Civil Veterinary Department. Madras. Admin. report 1910-25 - 1910-1925
Year: 1910
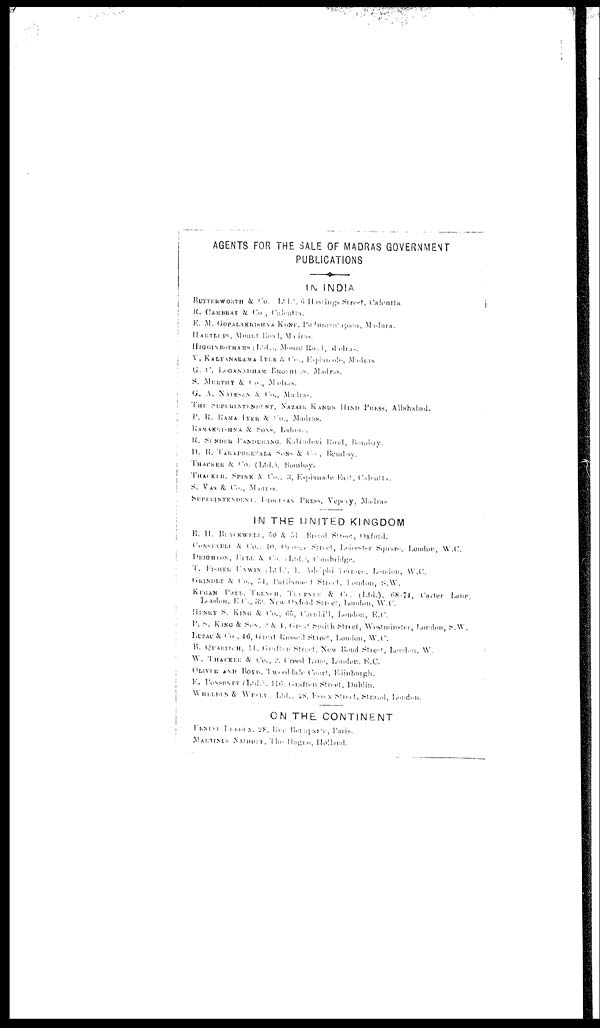
AGENTS FOR THE SALE OF MADRAS GOVERNMENT
PUBLICATIONS
IN INDIA
Butterworth & Co. 1912, 6 Hastings Street, Calcutta.
R. Cambray & Co., Calcutta.
E. M.
GOPALAKRISHNA
Kone,
Madras.
Hartleys,
Mount Road, Madras.
Higginbothams (Ltd.), Mount Road, Madras.
V. KALYANARAMA IYER & CO., Esplanade,
Madras.
G. C.
Loganadham
Brothers,
Madras.
S.
Murthy
&
Co.,
Madras.
G. A. NATESAN & CO., Madras.
THE SUPERINTENDENT, NAZAIR KANUN HIND
PRESS, Madras.
P. R. RAMA IYER & CO., MADRAS.
RAMAKRISHNA & SONS,
Lahore.
R. SUNDER
PANDURANG,
Kalbadevi Road, Bombay.
D. B. TARAPOREVALA SONS & Co., Bombay.
THACKER & CO. (Ltd.), Bombay.
THACKER,
SPINK
&
CO.,
3,
Esplanade
East,
Calcutta.
S. VAS &
Co., Madras.
SUPERINTENDENT, PROCESAN PRESS, Vepery, Madras
IN THE UNITED KINGDOM
B. H. Blackwedd., 50 & 51 Broad Street, Oxford.
CONSTABLE & CO., 10, Orange Street, Leicester Square, London, W.C.
DEIGHTON, BELL & Co., Cambridge.
T.
Fisher
Unwin,
1.
Adelphi Terrace, London, W.C.
Grindly & Co., 54, Parliament Street, London, S.W.
Kegan
PAUL,
TRENCH,
& Co., (Ltd.),
68-74,
Carter
Lane.
London,
E.C.,
39.
New
Oxford,
London, W.C.
HENRY S. KING & Co., 65, Coiphill, London, E.C.
P. N. KING & SON, 2 & 4, Great Smith Street, Westminster, London, S.W.
LUZAC & CO., 46, Great Russell Street, London, W.C.
B. QUARTECH, 11, Grafam Street, New Bond Street, London, W.
W. THACKER & CO., 2, Creed Lane, London, E.C.
OLIVER AND BOYD, Tweeddale Court, Edinburgh.
E. PONSONDY (Ltd.), 110, Grafton Street, Dublin.
WHEDDIN & WESLY Ltd., 28, Essix Street, Strand London.
ON THE CONTINENT
FINISH LEKOUX, 28, Rec Borapark Paris.
MARTINUS NIPHONE, The Hagar, Holland.